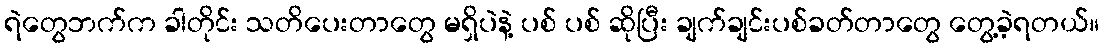
ရဲတွေဘက်က ခါတိုင်း သတိပေးတာတွေ မရှိပဲနဲ့ ပစ် ပစ် ဆိုပြီး ချက်ချင်းပစ်ခတ်တာတွေ တွေ့ခဲ့ရတယ်။